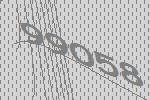
99058